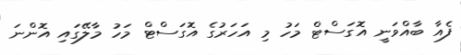
ފެއާ ބާއްވަނީ އޮގަސްޓް މަހު މި އަހަރުގެ އޮގަސްޓް މަހު މާލޭގައި އޮންނަ